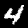
Digit: 4